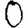
Digit: 0